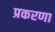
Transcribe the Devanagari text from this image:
प्रकरणा